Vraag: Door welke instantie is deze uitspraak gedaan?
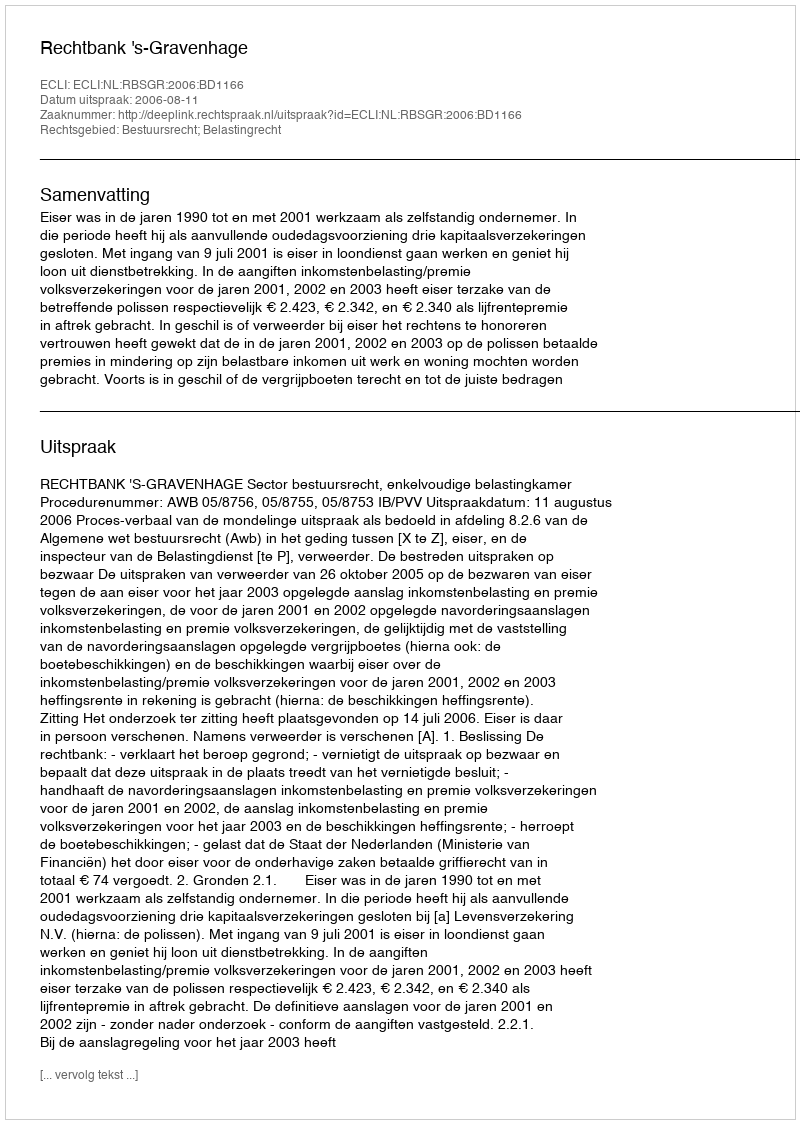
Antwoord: Rechtbank 's-Gravenhage